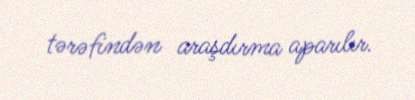
tərəfindən araşdırma aparılır.